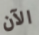
الآن